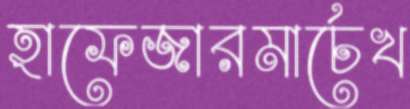
হাফেজারমার্চেখ